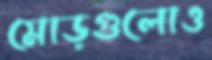
মোড়গুলোও